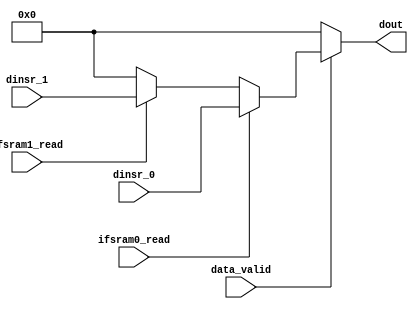


module if_dout_mux #(
	parameter DATA_WIDTH = 64 
)(
	data_valid
	,	ifsram0_read
	,	ifsram1_read
	,	dinsr_0	
	,	dinsr_1	
	,	dout		
);
	
input wire	data_valid		;
input wire	ifsram0_read	;
input wire	ifsram1_read	;
input wire 	[DATA_WIDTH-1 : 0 ]	dinsr_0	;
input wire 	[DATA_WIDTH-1 : 0 ]	dinsr_1	;
output	reg 	[DATA_WIDTH-1 : 0 ]	dout 		;

	always@(*)begin
		if(data_valid)begin
			if(ifsram0_read)
				dout = dinsr_0;
			else if(ifsram1_read)
				dout = dinsr_1;
			else
				dout = 0;
		end
		else
			dout = 0;
	end


endmodule